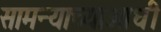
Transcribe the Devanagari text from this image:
सामन्याच्याआधी